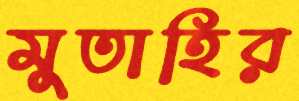
মুতাহির